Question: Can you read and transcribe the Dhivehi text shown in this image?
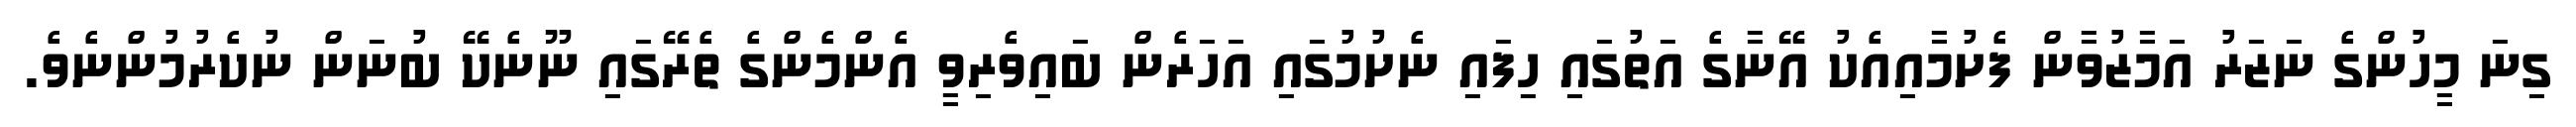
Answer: ގިނަ މީހުންގެ ނަޒަރު އަމާޒުވާން ފެށުމާއިއެކު އޭނާގެ އަތުގައި ހިފައި ނެށުމުގައި އަހަރެން ބައިވެރިވީ އެންމެންގެ ތެރޭގައި ނޫނެކޭ ބުނަން ނުކެރުމުންނެވެ.